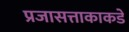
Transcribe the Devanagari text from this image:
प्रजासत्ताकाकडे